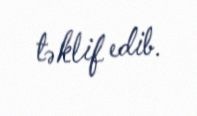
təklif edib.